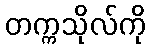
တက္ကသိုလ်ကို